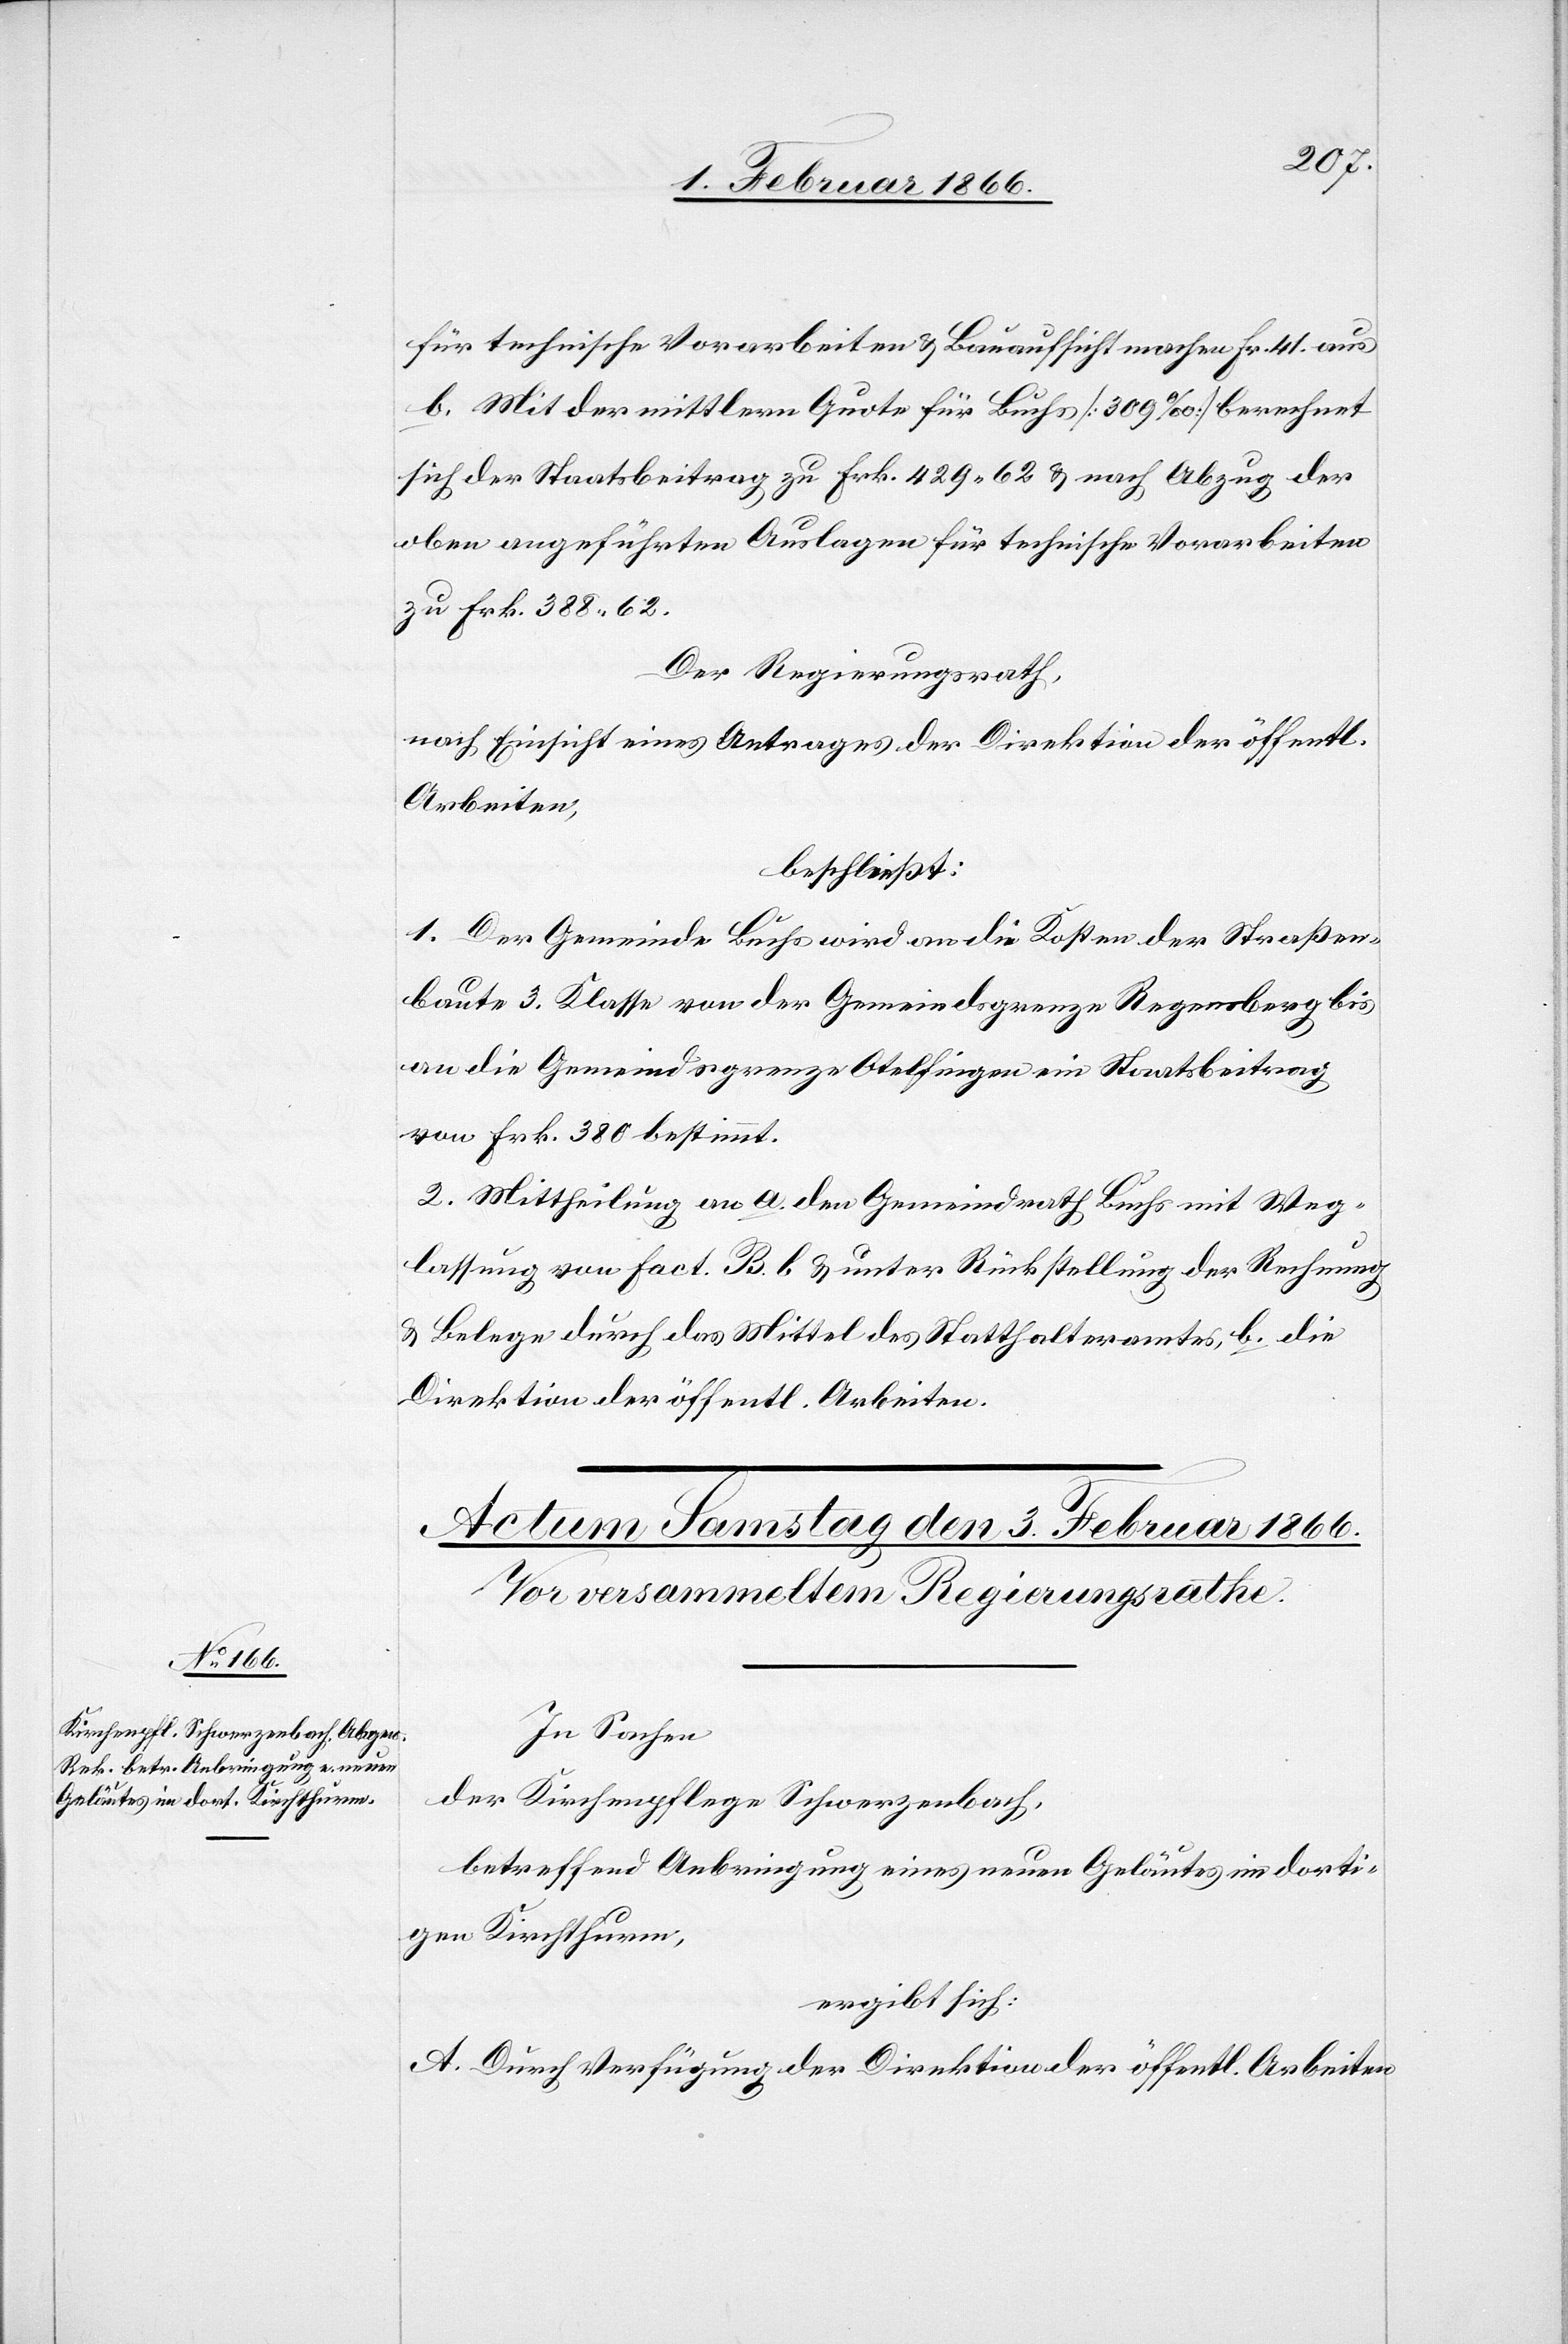
für technische Vorarbeiten u. Bauaufsicht machen Fr. 41. aus.
b. Mit der mittlern Quote für Buchs [309 ‰] berechnet
sich der Staatsbeitrag zu Frk. 429,62 u. nach Abzug der
oben angeführten Auslagen für technische Vorarbeiten
zu Frk. 388,62.
Der Regierungsrath,
nach Einsicht eines Antrages der Direktion der öffentl.
Arbeiten,
beschließt:
1. Der Gemeinde Buchs wird an die Kosten der Straßen¬
baute 3. Klasse von der Gemeindsgrenze Regensberg bis
an die Gemeindsgrenze Otelfingen ein Staatsbeitrag
von Frk. 380 bestimmt.
2. Mittheilung an a. den Gemeinderath Buchs mit Weg¬
lassung von fact. B.b. u. unter Rückstellung der Rechnung
u. Belege durch das Mittel des Statthalteramtes, b. die
Direktion der öffentl. Arbeiten.
In Sachen
der Kirchenpflege Schwerzenbach,
betreffend Anbringung eines neuen Geläutes im dorti¬
gen Kirchthurme,
ergibt sich:
A. Durch Verfügung der Direktion der öffentl. Arbeiten